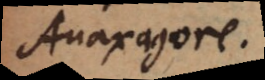
Anaxagore.